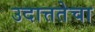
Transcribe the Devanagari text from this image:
उदात्ततेचा